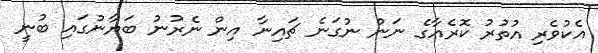
އެކުވެރި އުތުރު ކޮރެއާގެ ނަން ނުގަނެ ޗައިނާ އިން ނެރުނު ބަޔާނުގައި ބުނީ